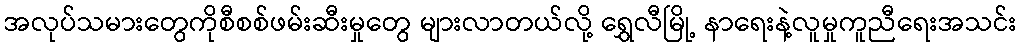
အလုပ်သမားတွေကိုစီစစ်ဖမ်းဆီးမှုတွေ များလာတယ်လို့ ရွှေလီမြို့ နာရေးနဲ့လူမှုကူညီရေးအသင်း